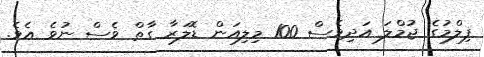
ފިލްމުގެ ޖުމްލަ އަދިވެސް 100 މިލިއަން ޑޮލަރާ ގާތް ވެސް ނުވެ އެވެ.